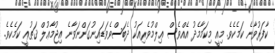
ކާފަރުވާނެ ކަމެކެވެ. މިއީ މިކަމާމެދު އެއްވެސް ޢިލްމުވެރިއަކު ދެބަސްވެވަޑައިނުގަންނަވާނެ އިޖުމާޢުލް ޤަޠުޢީ ކަމެކެވެ.